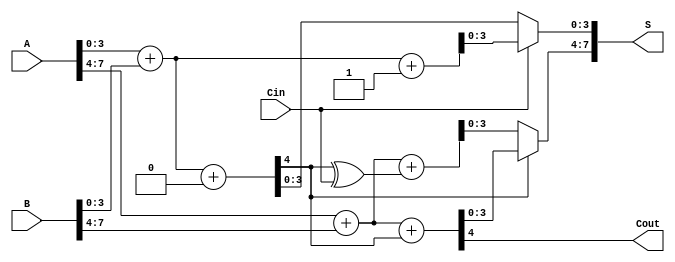
module CSLA_8bit (
    input [7:0] A,
    input [7:0] B,
    input Cin,
    output [7:0] S,
    output Cout
);
    // Intermediate signals for segments
    wire [3:0] S0, S1, S2, S3; // Sum outputs for segments
    wire C0, C1, C2, C3; // Carry outputs for segments

    // First segment (LSB)
    assign {C0, S0} = A[3:0] + B[3:0] + 0; // Sum when Cin = 0
    assign {C0, S1} = A[3:0] + B[3:0] + 1; // Sum when Cin = 1

    // Second segment
    assign {C1, S2} = A[7:4] + B[7:4] + C0; // Sum when carry from first segment
    assign {C1, S3} = A[7:4] + B[7:4] + (C0 ^ Cin); // Sum for carry 1

    // Multiplexer for selecting sums and carry outs
    assign S[3:0] = Cin ? S1 : S0; // Selecting based on Cin for first segment
    assign S[7:4] = C0 ? S2 : S3; // Selecting based on C0 for second segment

    // Carry Out
    assign Cout = C1;

endmodule